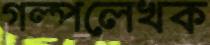
গল্পলেখক